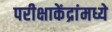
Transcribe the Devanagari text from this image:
परीक्षाकेंद्रांमध्ये